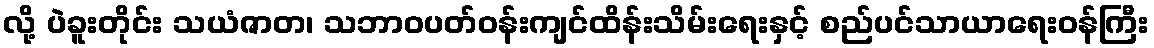
လို့ ပဲခူးတိုင်း သယံဇာတ၊ သဘာဝပတ်ဝန်းကျင်ထိန်းသိမ်းရေးနှင့် စည်ပင်သာယာရေးဝန်ကြီး